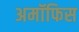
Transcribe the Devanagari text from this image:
अमॉफिस